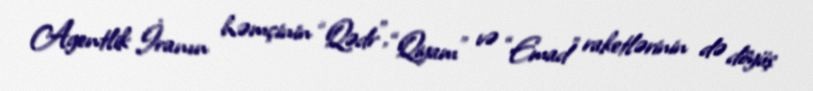
Agentlik İranın həmçinin “Qədr”, “Qiyam” və “Emad” raketlərinin də döyüş